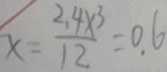
x = \frac { 2 . 4 \times 3 } { 1 2 } = 0 . 6